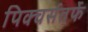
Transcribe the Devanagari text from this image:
पिक्चर्सतर्फे